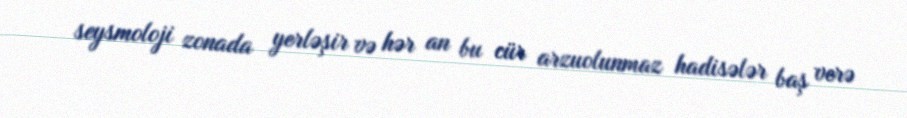
seysmoloji zonada yerləşir və hər an bu cür arzuolunmaz hadisələr baş verə